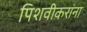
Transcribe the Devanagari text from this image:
पिशवीकरांना